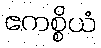
ဧကစ္စိယံ